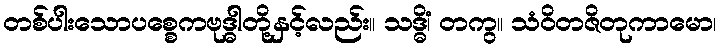
တစ်ပါးသောပစ္စေကဗုဒ္ဓါတို့နှင့်လည်း။ သဒ္ဓိံ၊ တကွ။ သံဝိတဇိတုကာမော၊